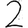
Digit: 2